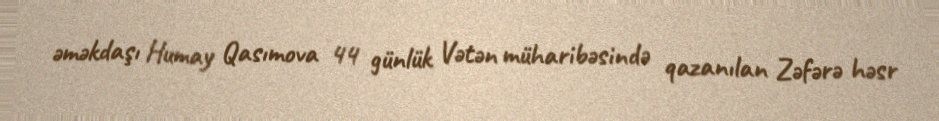
əməkdaşı Humay Qasımova 44 günlük Vətən müharibəsində qazanılan Zəfərə həsr